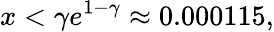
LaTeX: x<\gamma e^{1-\gamma}\approx 0.000115,